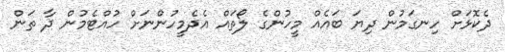
ދެކޮޅަށް ހިނގަމުން ދިޔަ ބައެއް މީހުންގެ ލޯތައް އެދެމީހުންނަށް ހުއްޓެމުން ދާ ތަން